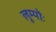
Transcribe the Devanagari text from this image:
लूम्योः